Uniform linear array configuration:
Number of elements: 48
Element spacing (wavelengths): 0.5
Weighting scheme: kaiser
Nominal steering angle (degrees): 15
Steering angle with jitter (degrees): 14.936
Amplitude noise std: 0.05
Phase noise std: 0.05

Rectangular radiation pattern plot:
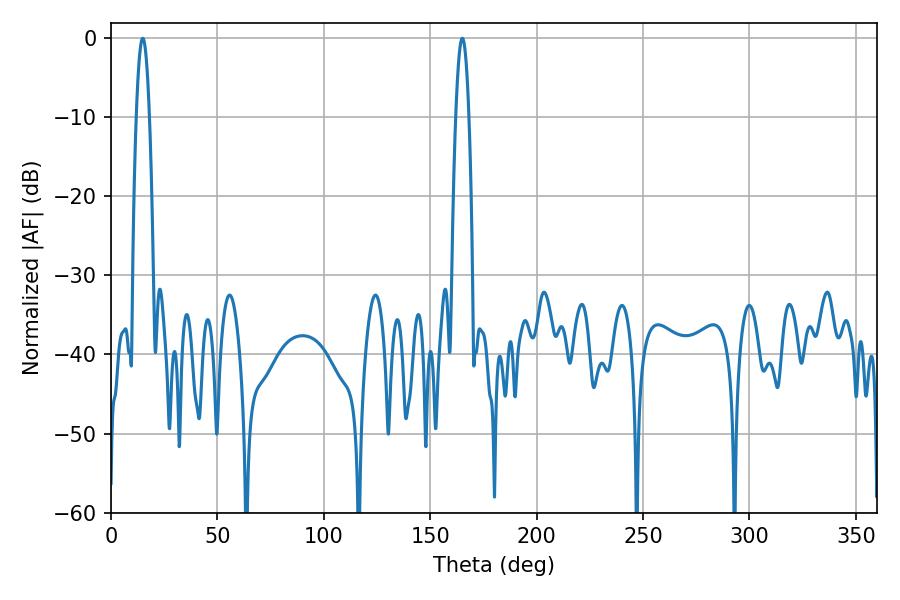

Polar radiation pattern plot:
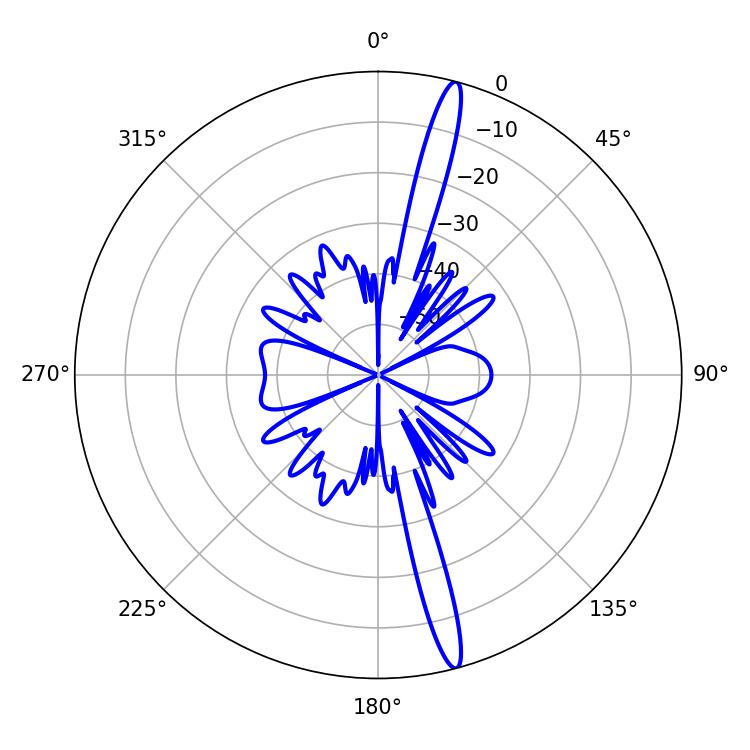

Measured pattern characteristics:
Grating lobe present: FALSE
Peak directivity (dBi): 17.801
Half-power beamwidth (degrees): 3.24
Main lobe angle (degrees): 14.94